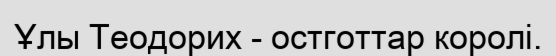
Ұлы Теодорих - остготтар королі.